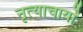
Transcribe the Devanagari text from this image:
नृत्याचार्यों